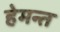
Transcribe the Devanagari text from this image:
हेमन्‍त